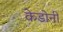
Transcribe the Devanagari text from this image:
केडोनी